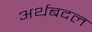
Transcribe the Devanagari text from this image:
अर्थबदल